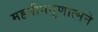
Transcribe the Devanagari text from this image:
महनीयगुणात्मने